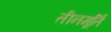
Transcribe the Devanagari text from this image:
तीनमूर्ति